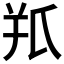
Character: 𦍖